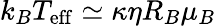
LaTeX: k_{B}T_{\mathrm{eff}}\simeq\kappa\eta R_{B}\mu_{B}